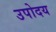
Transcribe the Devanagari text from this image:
उपोदय